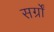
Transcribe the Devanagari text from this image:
सर्ग्रों